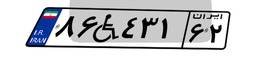
۷۶W۱۵۳۳۴